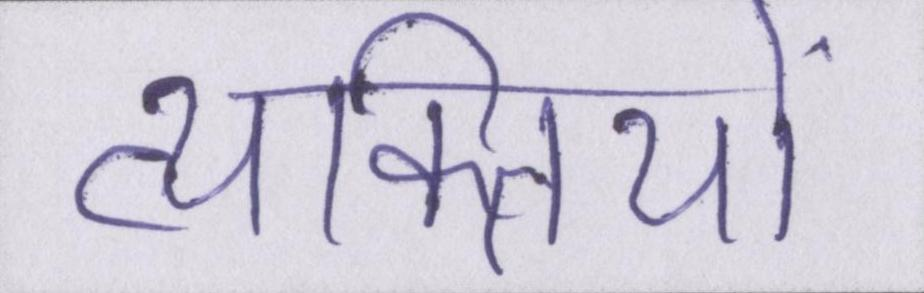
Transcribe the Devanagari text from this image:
व्यक्तियों